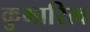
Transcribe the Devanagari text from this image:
कुमारित्व